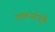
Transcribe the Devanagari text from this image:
ठाकऱ्यांपुढे